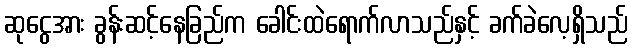
ဆုငွေအား ခွန်းဆင့်နေခြည်က ခေါင်းထဲရောက်လာသည်နှင့် ခက်ခဲလေ့ရှိသည်